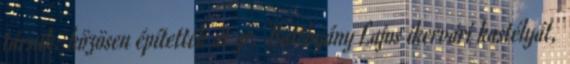
társuk; közösen építették át gr. Batthyány Lajos ikervári kastélyát,